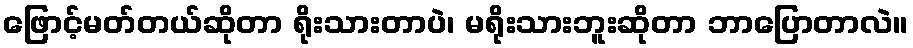
ဖြောင့်မတ်တယ်ဆိုတာ ရိုးသားတာပဲ၊ မရိုးသားဘူးဆိုတာ ဘာပြောတာလဲ။